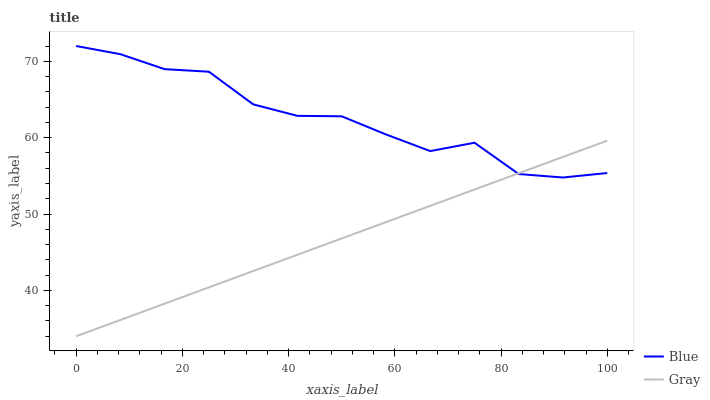
| xaxis_label | Blue | Gray |
 | --- | --- | --- |
 | 0 | 72 | 34 |
 | 8.33 | 70.9 | 36.1 |
 | 16.7 | 69 | 38.3 |
 | 25 | 68.6 | 40.4 |
 | 33.3 | 64.4 | 42.5 |
 | 41.7 | 62.9 | 44.7 |
 | 50 | 62.8 | 46.8 |
 | 58.3 | 60.4 | 48.9 |
 | 66.7 | 58.2 | 51.1 |
 | 75 | 59.3 | 53.2 |
 | 83.3 | 55.2 | 55.3 |
 | 91.7 | 54.8 | 57.5 |
 | 100 | 55.4 | 59.6 |